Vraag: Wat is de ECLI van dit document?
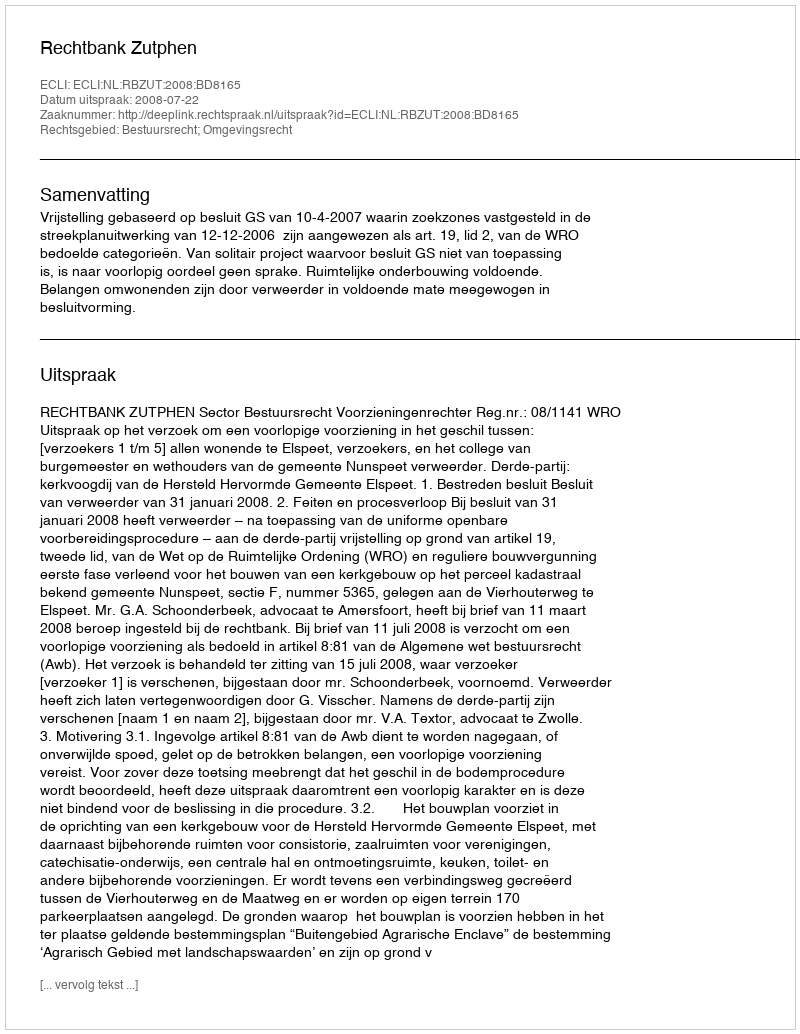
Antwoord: ECLI:NL:RBZUT:2008:BD8165